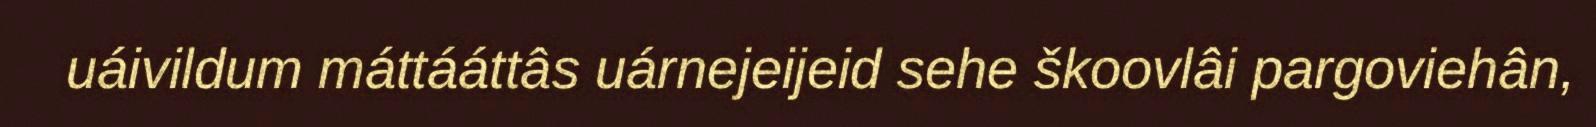
uáivildum máttááttâs uárnejeijeid sehe škoovlâi pargoviehân,